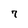
Character: 7